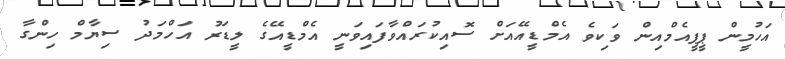
އަހުމީން ޕީޕީއެމްއިން ވަކިވެ އެމްޑީއޭއަށް ސޮއިކުރައްވާފައިވަނީ އެމްޑީއޭގެ ލީޑަރު އަހްމަދު ސިޔާމް ހިންގާ